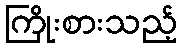
ကြိုးစားသည့်